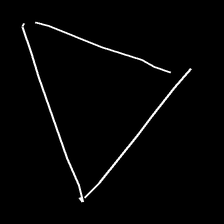
Glyph: convergence